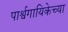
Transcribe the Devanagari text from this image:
पार्श्वगायिकेच्या